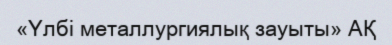
«Үлбі металлургиялық зауыты» АҚ